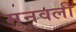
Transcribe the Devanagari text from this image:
मुनवली